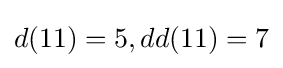
d(11)=5,dd(11)=7